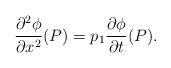
LaTeX: \begin{align*}\frac{\partial^2 \phi}{\partial x^2}(P)=p_1\frac{\partial \phi}{\partial t}(P).\end{align*}